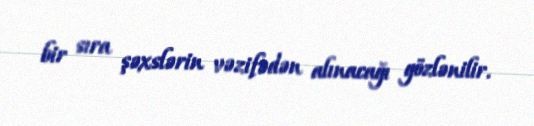
bir sıra şəxslərin vəzifədən alınacağı gözlənilir.